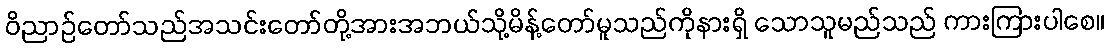
ဝိညာဉ်တော်သည်အသင်းတော်တို့အားအဘယ်သို့မိန့်တော်မူသည်ကိုနားရှိ သောသူမည်သည် ကားကြားပါစေ။